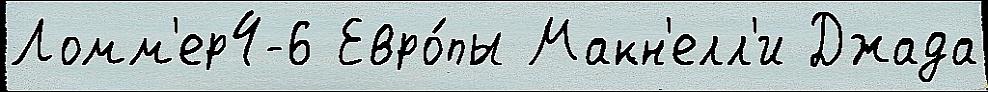
Ломм'ер4-6 Евро́пы Макн'елл'и Джада